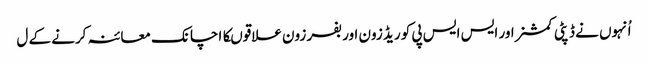
اُنہوں نے ڈپٹی کمشنر اور ایس ایس پی کو ریڈ زون اور بفر زون علاقوںکا اچانک معائنہ کرنے کے ل